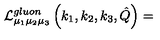
{ \cal L } _ { \mu _ { 1 } \mu _ { 2 } \mu _ { 3 } } ^ { g l u o n } \left( k _ { 1 } , k _ { 2 } , k _ { 3 } , \hat { Q } \right) =